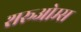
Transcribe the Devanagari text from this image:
शरूओम्स